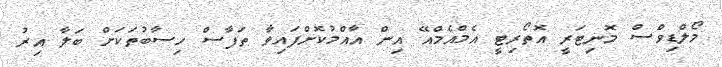
މޯލްޑިވްސް މޮނިޓަރީ އޮތޯރިޓީ އެމްއެމްއޭ އިން އާއްމުކޮށްފައިވާ ތަފާސް ހިސާބުތަކަށް ބަލާ އިރު